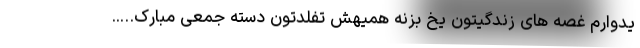
یدوارم غصه های زندگیتون یخ بزنه همیهش تفلدتون دسته جمعی مبارک…..